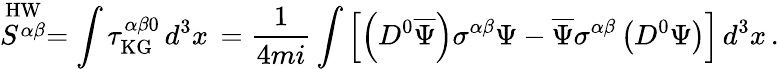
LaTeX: \stackrel{\mathrm{HW}}{S^{\alpha\beta}}=\int\tau_{\mathrm{KG}}^{\alpha\beta 0}\, d^{3}x\, =\frac{1}{4mi}\int\left[\left(D^{0}\overline{{{\Psi}}}\right)\sigma^{\alpha\beta}\Psi-\overline{{{\Psi}}}\sigma^{\alpha\beta}\left(D^{0}\Psi\right)\right]\, d^{3}x\, .